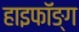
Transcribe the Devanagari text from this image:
हाइफॉङ्ग